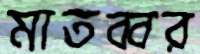
মাতব্বর